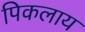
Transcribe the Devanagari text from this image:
पिकलाय